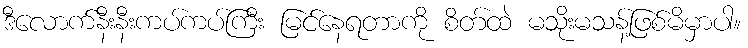
ဒီလောက်နီးနီးကပ်ကပ်ကြီး မြင်နေရတာကို စိတ်ထဲ မသိုးမသန့်ဖြစ်မိမှာပါ။